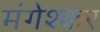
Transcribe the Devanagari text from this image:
मंगेश्कर